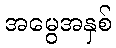
အမွေအနှစ်